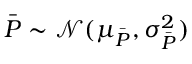
\bar { P } \sim \mathcal N ( \mu _ { \bar { P } } , \sigma _ { \bar { P } } ^ { 2 } )